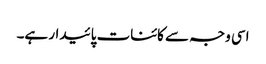
اسی وجہ سے کائنات پائیدار ہے۔